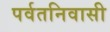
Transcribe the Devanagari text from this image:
पर्वतनिवासी